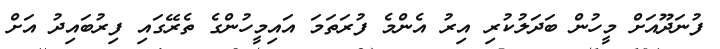
ފުނަދޫއަށް މީހުން ބަދަލުކުރި އިރު އެންމެ ފުރަތަމަ އައިމީހުންގެ ތެރޭގައި ފިރުބައިދު އަށް